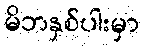
မိဘနှစ်ပါးမှာ